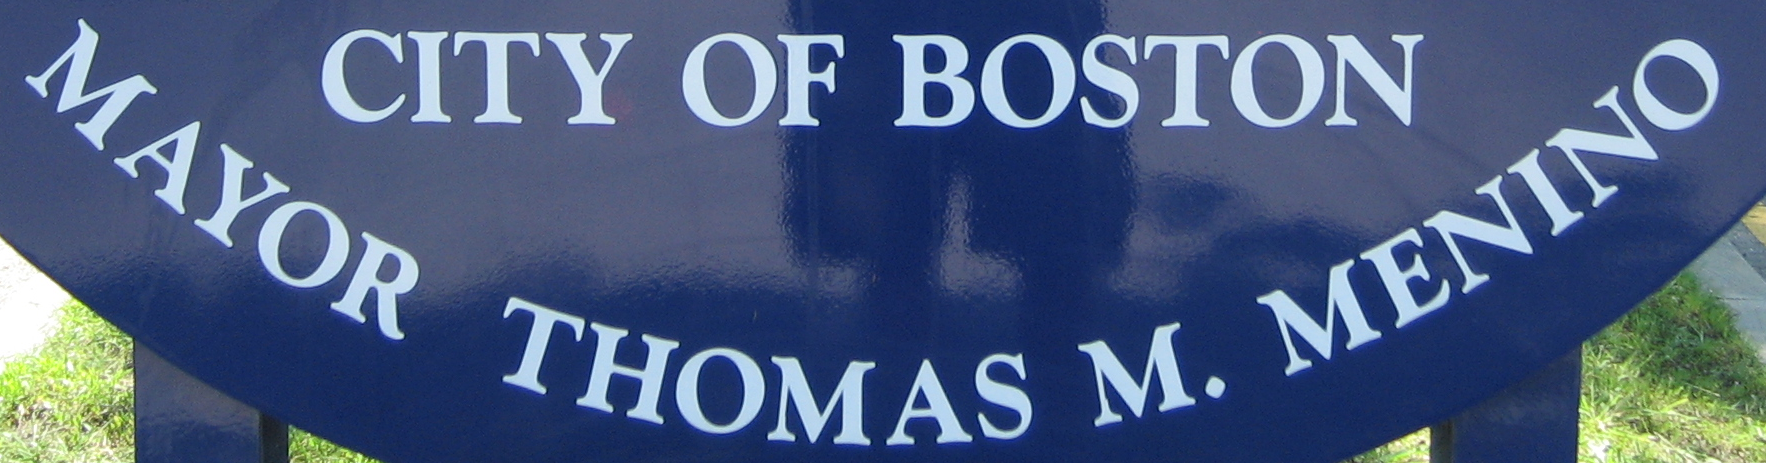
MAYOR THOMAS M. MENINO